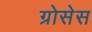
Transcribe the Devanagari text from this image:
ग्रोसेस